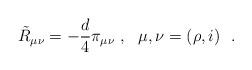
LaTeX: \begin{align*}\tilde{R}_{\mu\nu}=-{d\over 4}\pi_{\mu\nu}~,~~\mu , \nu=(\rho , i)~~.\end{align*}